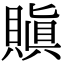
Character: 𧷒